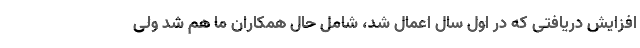
افزایش دریافتی که در اول سال اعمال شد، شامل حال همکاران ما هم شد ولی